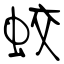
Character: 蛟